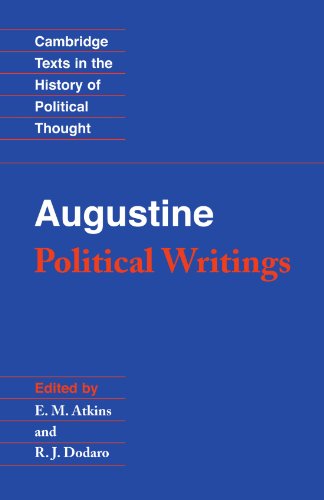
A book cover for Augustine: Political Writings (Cambridge Texts in the History of Political Thought); Augustine; Politics & Social Sciences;